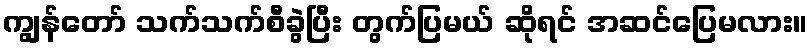
ကျွန်တော် သက်သက်စီခွဲပြီး တွက်ပြမယ် ဆိုရင် အဆင်ပြေမလား။